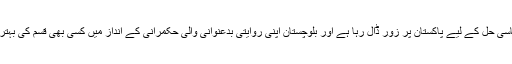
چین بھی بلوچستان کے سیاسی حل کے لیے پاکستان پر زور ڈال رہا ہے اور بلوچستان اپنی روایتی بدعنوانی والی حکمرانی کے انداز میں کسی بھی قسم کی بہتری لانے میں ناکام رہا ہے۔